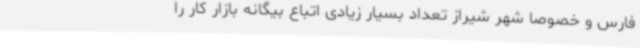
فارس و خصوصا شهر شیراز تعداد بسیار زیادی اتباع بیگانه بازار کار را